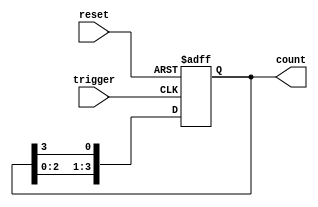
module async_ring_counter #(
    parameter N = 4  // Number of flip-flops (states)
)(
    input wire reset,  // Asynchronous reset signal
    input wire trigger, // Trigger signal to shift the counter
    output reg [N-1:0] count // Output of the ring counter
);

// Initial state
initial begin
    count = 1'b1; // Start with the first flip-flop set to '1'
end

// Asynchronous reset and shifting logic
always @(posedge trigger or posedge reset) begin
    if (reset) begin
        count <= 1'b1; // Reset to initial state
    end else begin
        count <= {count[N-2:0], count[N-1]}; // Shift the '1' to the next flip-flop
    end
end

endmodule